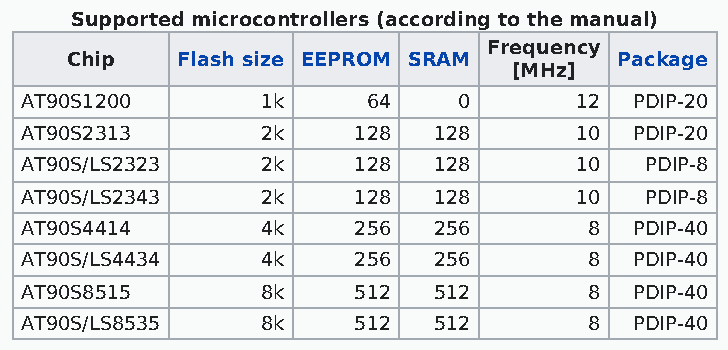
Supported microcontrollers (according to the manual)
 Frequency
 Chip    Flash size EEPROM SRAM       Package
 [MHz]
 AT90S1200       1k     64    0       12  PDIP-20
 AT90S2313       2k    128   128      10  PDIP-20
 AT90S/LS2323    2k    128   128      10   PDIP-8
 AT90S/LS2343    2k    128   128      10   PDIP-8
 AT90S4414       4k    256   256       8  PDIP-40
 AT90S/LS4434    4k    256   256       8  PDIP-40
 AT90S8515       8k    512   512       8  PDIP-40
 AT90S/LS8535    8k    512   512       8  PDIP-40